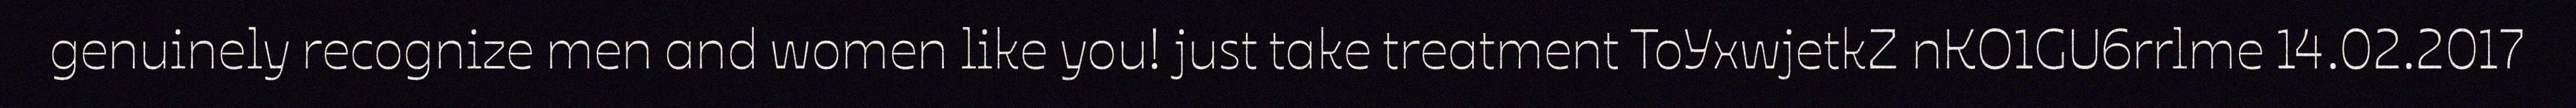
genuinely recognize men and women like you! just take treatment ToYxwjetkZ nKO1GU6rrlme 14.02.2017